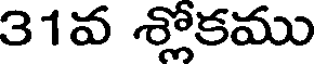
31వ శ్లోకము